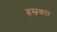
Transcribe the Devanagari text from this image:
ह्रस्वकार